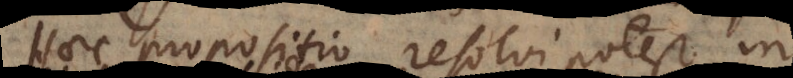
villa propositio resolvi potest in